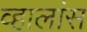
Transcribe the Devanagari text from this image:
व्हालांस